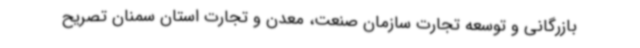
بازرگانی و توسعه تجارت سازمان صنعت، معدن و تجارت استان سمنان تصریح